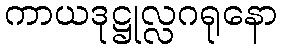
ကာယဒုဋ္ဌုလ္လဂရုနော